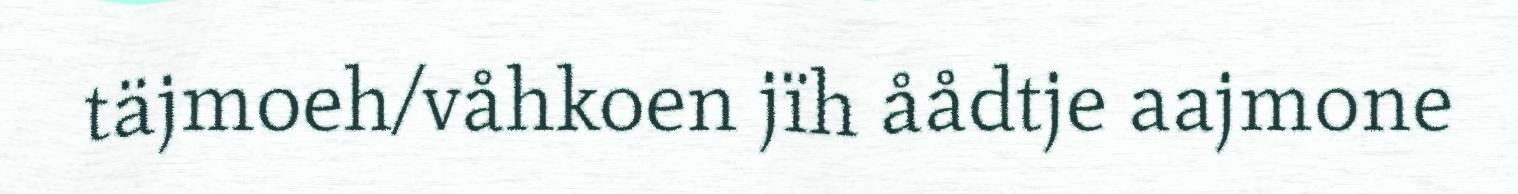
täjmoeh/våhkoen jïh åådtje aajmone